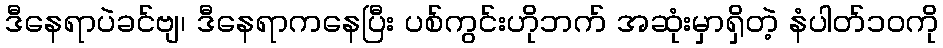
ဒီနေရာပဲခင်ဗျ၊ ဒီနေရာကနေပြီး ပစ်ကွင်းဟိုဘက် အဆုံးမှာရှိတဲ့ နံပါတ်၁၀ကို